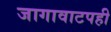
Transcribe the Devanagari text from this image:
जागावाटपही